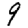
Digit: 9